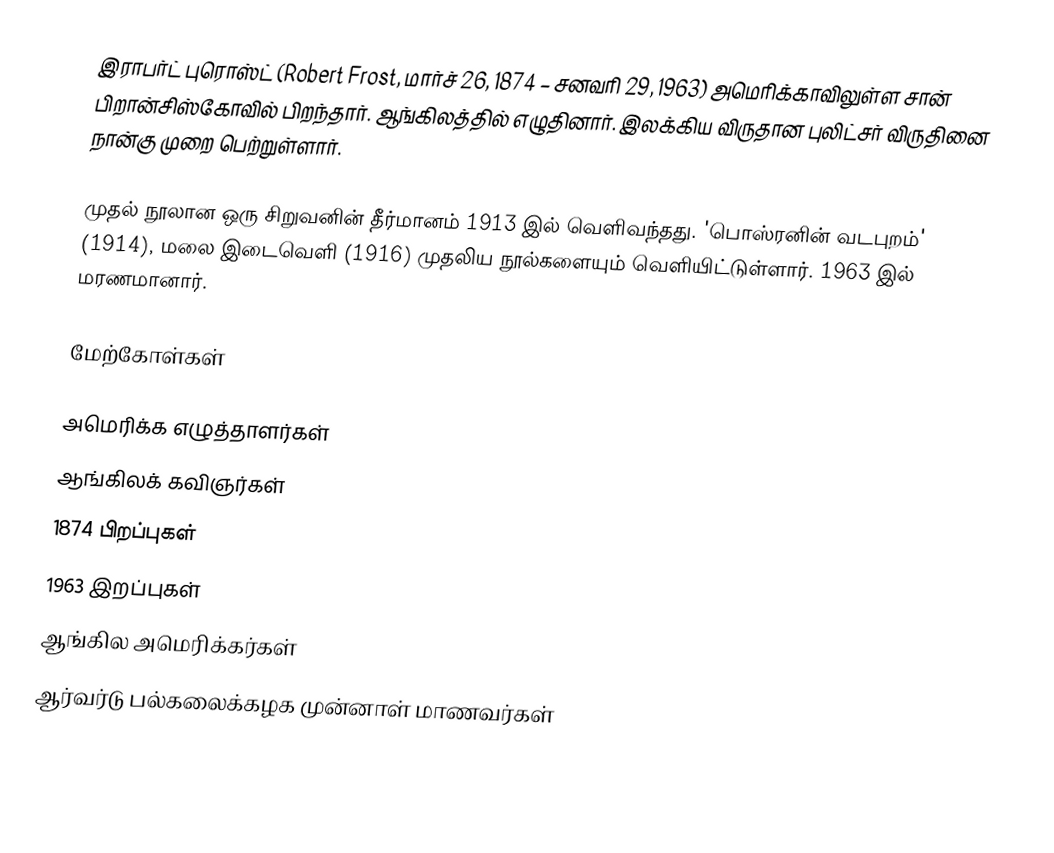
இராபர்ட் புரொஸ்ட் (Robert Frost, மார்ச் 26, 1874 – சனவரி 29, 1963) அமெரிக்காவிலுள்ள சான் பிறான்சிஸ்கோவில் பிறந்தார். ஆங்கிலத்தில் எழுதினார். இலக்கிய விருதான புலிட்சர் விருதினை நான்கு முறை பெற்றுள்ளார்.

முதல் நூலான ஒரு சிறுவனின் தீர்மானம் 1913 இல் வெளிவந்தது. 'பொஸ்ரனின் வடபுறம்' (1914), மலை இடைவெளி (1916) முதலிய நூல்களையும் வெளியிட்டுள்ளார். 1963 இல் மரணமானார்.

மேற்கோள்கள்

அமெரிக்க எழுத்தாளர்கள்
ஆங்கிலக் கவிஞர்கள்
1874 பிறப்புகள்
1963 இறப்புகள்
ஆங்கில அமெரிக்கர்கள்
ஆர்வர்டு பல்கலைக்கழக முன்னாள் மாணவர்கள்